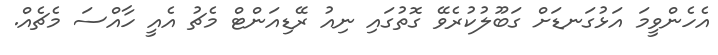
އެހެންވީމަ އަޅުގަނޑަށް ގަބޫލުކުރެވޭ ގޮތުގައި ނިއު ރޭޑިއަންޓް މެޗު އެއީ ހާއްސަ މެޗެއް.